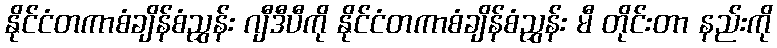
နိုင်ငံတကာစံချိန်စံညွှန်း ဂျီဒီပီကို နိုင်ငံတကာစံချိန်စံညွှန်း မီ တိုင်းတာ နည်းကို